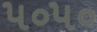
૫૦૫૦